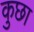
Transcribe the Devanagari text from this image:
कुछा